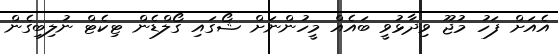
އެއަށް ފަހު މުޖޫ ވިދާޅުވީ ބައެއް މީހުންނަށް ޝޯގައި ގޯލްޑެން ޓިކެޓް ނުލިބިގެން